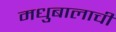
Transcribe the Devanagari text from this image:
मधुबालाची